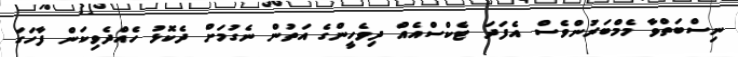
ނިސްބަތްވާ މެމްބަރުންވެސް އެފަދަ ޓެކްސްއެއް ދިވެހީންގެ އަތުން ނެގުމަށް ދެކޮޅު ހެއްދެވިކަން ފާހަގަ